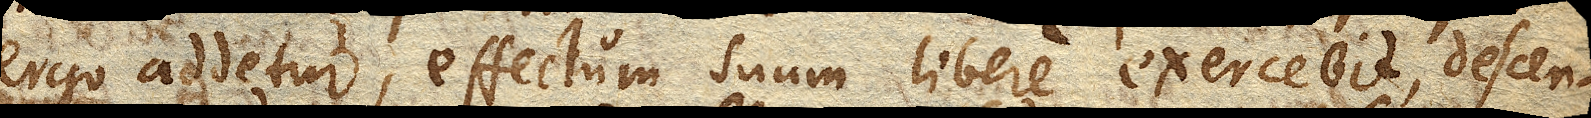
ergo addetur, effectum suum libere exercebit, descen–